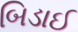
બિડાઈ